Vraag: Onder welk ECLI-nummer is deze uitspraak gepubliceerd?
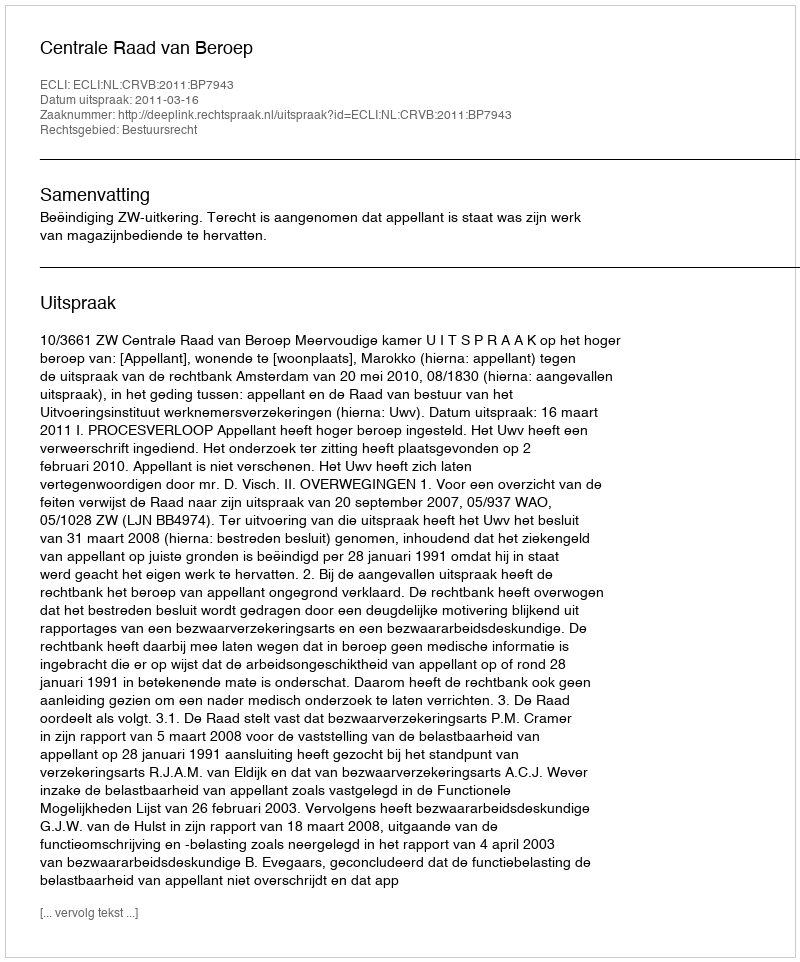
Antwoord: ECLI:NL:CRVB:2011:BP7943